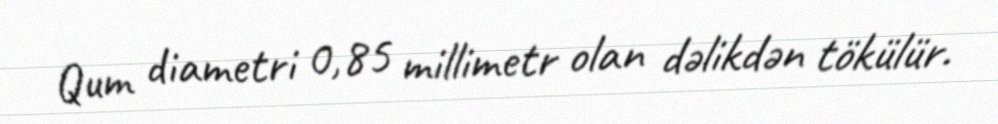
Qum diametri 0,85 millimetr olan dəlikdən tökülür.